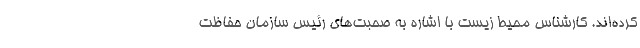
کرده‌اند. کارشناس محیط زیست با اشاره به صحبت‌های رئیس سازمان حفاظت